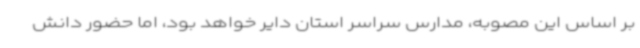
بر اساس این مصوبه، مدارس سراسر استان دایر خواهد بود، اما حضور دانش